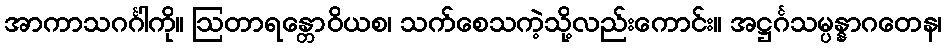
အာကာသဂင်္ဂါကို။ ဩတာရန္တောဝိယစ၊ သက်စေသကဲ့သို့လည်းကောင်း။ အဋ္ဌင်္ဂသမ္ပန္နာဂတေန၊